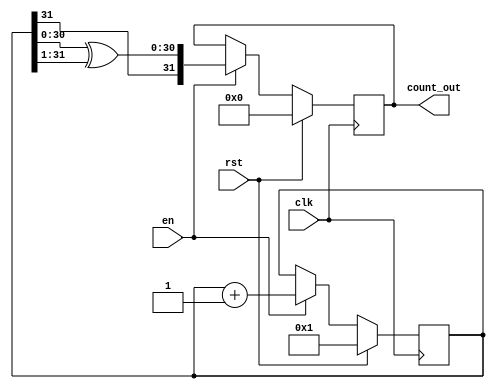
//============================================================================//
//                                                                            //
//      Parameterize Gray Counter                                             //
//                                                                            //
//      Module name: gray counter                                             //
//      Desc: parameterized gray counter, counts up to the specified data     //
//            width and repeats indefinitely.                                 //
//      Developer: Wesley New                                                 //
//      Licence: GNU General Public License ver 3                             //
//      Notes:                                                                //
//                                                                            //
//============================================================================//

module gray_counter #(
      //=============
      // parameters
      //=============
      parameter DATA_WIDTH = 32
   ) (
      //===============
      // Input Ports
      //===============
      input wire clk,
      input wire en,
      input wire rst,
   
      //===============
      // Output Ports
      //===============
      output reg [DATA_WIDTH-1:0] count_out  //'Gray' code count output.
   );

   /////////Internal connections & variables///////
   reg [DATA_WIDTH-1:0] binary_count;

   always @ (posedge clk) begin
      if (rst) begin
         binary_count <= {DATA_WIDTH{1'b 0}} + 1;  //Gray count begins @ '1' with
         count_out    <= {DATA_WIDTH{1'b 0}};      // first 'en'.
      end else begin
         if (en) begin
            binary_count <=  binary_count + 1;
            count_out    <= {binary_count[DATA_WIDTH-1], binary_count[DATA_WIDTH-2:0] ^ binary_count[DATA_WIDTH-1:1]};
         end
      end
   end
endmodule